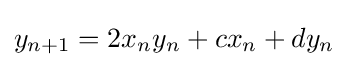
y_{n+1}=2x_{n}y_{n}+cx_{n}+dy_{n}